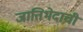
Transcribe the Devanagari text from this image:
जातिभेदाची